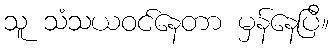
သူ သံသယဝင်နေတာ မှန်နေပြီ။